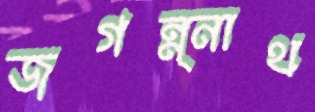
জগন্ন্নাথ